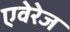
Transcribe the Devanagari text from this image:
एवेरेज